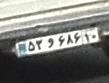
۵۳و۶۸۶۱۰